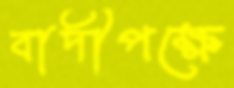
বাদীপক্ষে